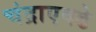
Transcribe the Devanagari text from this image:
चंद्राएवढे